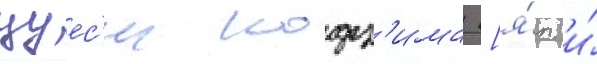
цуес'и кодз'има [я́п. и́